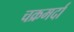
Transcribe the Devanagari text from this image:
चक्रमर्दा